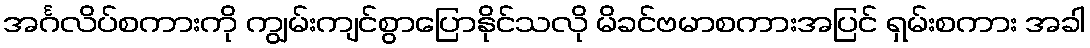
အင်္ဂလိပ်စကားကို ကျွမ်းကျင်စွာပြောနိုင်သလို မိခင်ဗမာစကားအပြင် ရှမ်းစကား အခါ